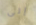
إلى